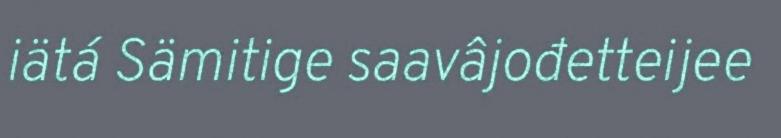
iätá Sämitige saavâjođetteijee